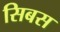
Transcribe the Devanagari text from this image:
सिबस